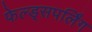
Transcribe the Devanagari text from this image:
फेल्ड्सपर्लिंग